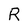
Character: R